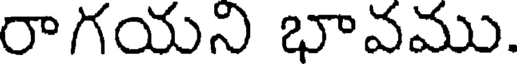
రాగయని భావము.